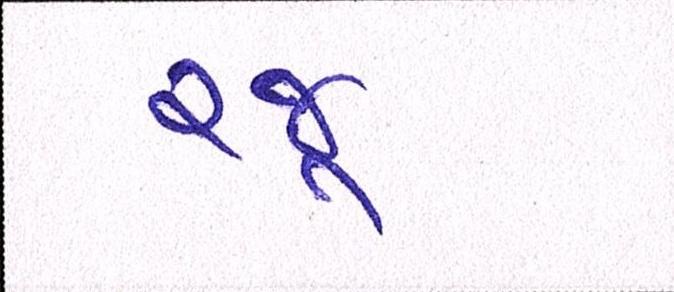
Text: રજૂ